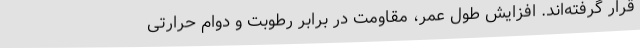
قرار گرفته‌اند. افزایش طول عمر، مقاومت در برابر رطوبت و دوام حرارتی